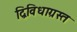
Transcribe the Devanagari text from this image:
द्विविधाग्रस्त